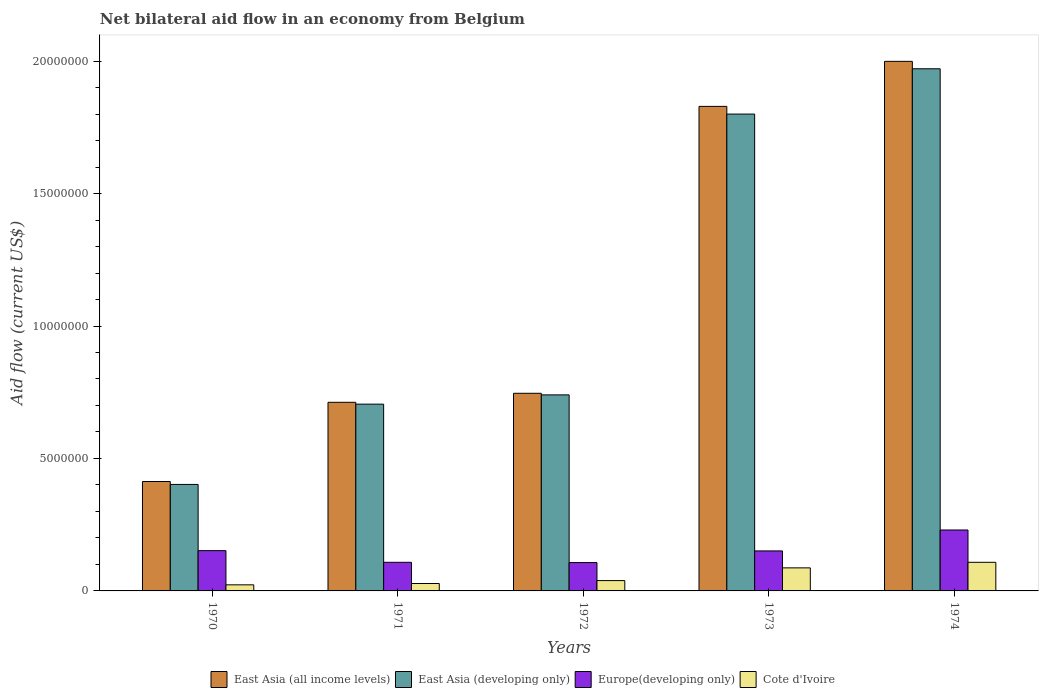
| Years | East Asia (all income levels) | East Asia (developing only) | Europe(developing only) | Cote d'Ivoire |
 | --- | --- | --- | --- | --- |
 | 1970 | 4.13e+06 | 4.02e+06 | 1.52e+06 | 2.3e+05 |
 | 1971 | 7.12e+06 | 7.05e+06 | 1.08e+06 | 2.8e+05 |
 | 1972 | 7.46e+06 | 7.4e+06 | 1.07e+06 | 3.9e+05 |
 | 1973 | 1.83e+07 | 1.8e+07 | 1.51e+06 | 8.7e+05 |
 | 1974 | 2e+07 | 1.97e+07 | 2.3e+06 | 1.08e+06 |